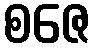
စဇေ